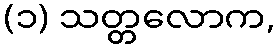
(၁) သတ္တလောက,